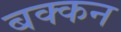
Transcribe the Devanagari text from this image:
बक्कन